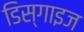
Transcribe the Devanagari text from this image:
डिस्गाइज